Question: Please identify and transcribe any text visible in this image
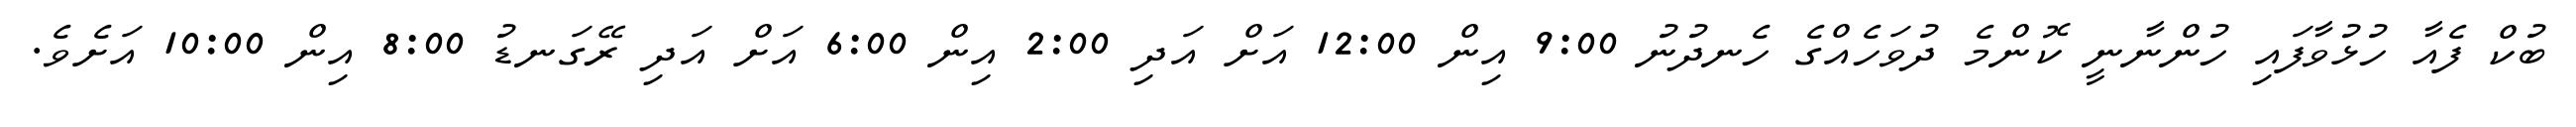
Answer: ބުކް ފެއާ ހުޅުވާފައި ހުންނާނީ ކޮންމެ ދުވަހެއްގެ ހެނދުނު 9:00 އިން 12:00 އަށް އަދި 2:00 އިން 6:00 އަށް އަދި ރޭގަނޑު 8:00 އިން 10:00 އަށެވެ.